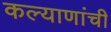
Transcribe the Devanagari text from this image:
कल्याणांची